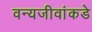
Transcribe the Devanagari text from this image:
वन्यजीवांकडे